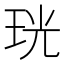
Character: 珖